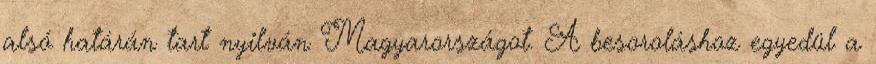
alsó határán tart nyilván Magyarországot. A besoroláshoz egyedül a